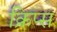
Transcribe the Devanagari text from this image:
क्रिप्‍स